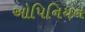
ઓપિનિયન